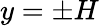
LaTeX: y=\pm H